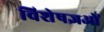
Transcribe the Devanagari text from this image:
विशेषज्ञओं